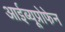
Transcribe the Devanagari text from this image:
आईब्यूप्रोफेन